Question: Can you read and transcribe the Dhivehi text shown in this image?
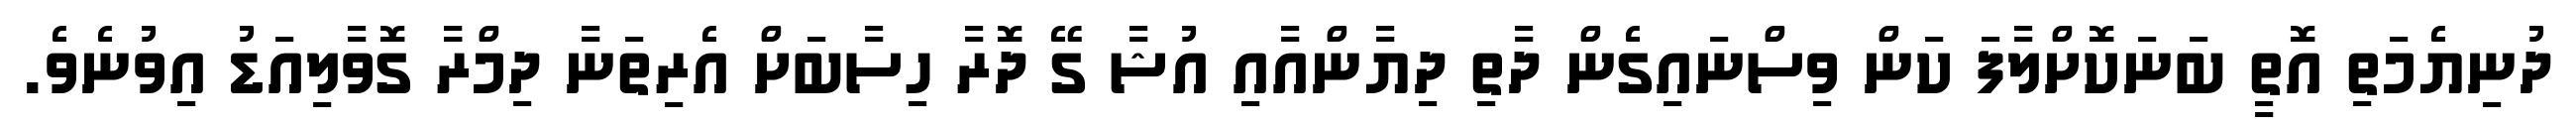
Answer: ދުނިޔެމަތި އޮތީ ބަނަކޮށްލާފަ ކަން ވިސްނައިގެން ދާތި ދިޔާންއާއި އުޝާ ގޭ ދޮރާ ހިސާބަށް އެރިތަނާ ދިމްރާާ ގޮވާލިއަޑު އިވުނެވެ.